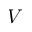
V